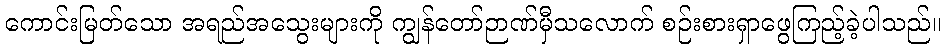
ကောင်းမြတ်သော အရည်အသွေးများကို ကျွန်တော်ဉာဏ်မှီသလောက် စဉ်းစားရှာဖွေကြည့်ခဲ့ပါသည်။